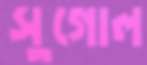
সুগোল